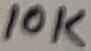
Text: 10K